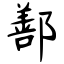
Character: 鄯